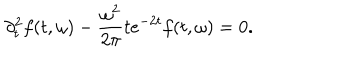
\partial _ { t } ^ { 2 } f ( t , \omega ) - \frac { \omega ^ { 2 } } { 2 \pi } t e ^ { - 2 t } f ( t , \omega ) = 0 .